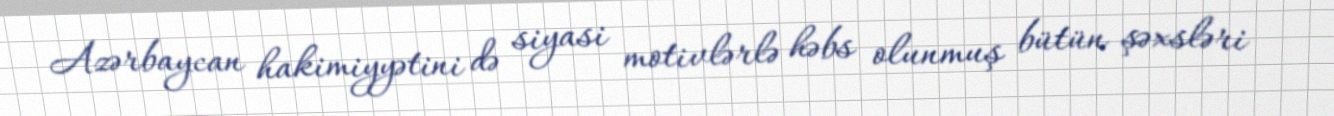
Azərbaycan hakimiyyətini də siyasi motivlərlə həbs olunmuş bütün şəxsləri